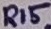
Text: R15